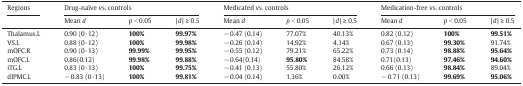
<table><thead><tr><td><b>Regions</b></td><td colspan="3"><b>Drug-naïve vs. controls</b></td><td colspan="3"><b>Medicated vs. controls</b></td><td colspan="3"><b>Medication-free vs. controls</b></td></tr><tr><td></td><td><b>Mean <i>d</i></b></td><td><b><i>p</i> &lt; 0.05</b></td><td><b>|<i> d</i> | ≥ 0.5</b></td><td><b>Mean <i>d</i></b></td><td><b><i>p</i> &lt; 0.05</b></td><td><b>|<i> d</i> | ≥ 0.5</b></td><td><b>Mean <i>d</i></b></td><td><b><i>p</i> &lt; 0.05</b></td><td><b>|<i> d</i> | ≥ 0.5</b></td></tr></thead><tbody><tr><td>Thalamus.L</td><td>0.90 (0·12)</td><td><b>100%</b></td><td><b>99.97%</b></td><td>− 0.47 (0.14)</td><td>77.07%</td><td>40.13%</td><td>0.82 (0.12)</td><td><b>100%</b></td><td><b>99.51%</b></td></tr><tr><td>VS.L</td><td>0.88 (0·12)</td><td><b>100%</b></td><td><b>99.98%</b></td><td>− 0.26 (0.14)</td><td>14.92%</td><td>4.14%</td><td>0.67 (0.13)</td><td><b>99.30%</b></td><td>91.74%</td></tr><tr><td>mOFC.R</td><td>0.90 (0·13)</td><td><b>99.99%</b></td><td><b>99.95%</b></td><td>− 0.55 (0.12)</td><td>79.21%</td><td>65.22%</td><td>0.73 (0.14)</td><td><b>98.88%</b></td><td><b>95.64%</b></td></tr><tr><td>mOFC.L</td><td>0.86(0.12)</td><td><b>99.98%</b></td><td><b>99.88%</b></td><td>− 0.64(0.14)</td><td><b>95.80%</b></td><td>84.58%</td><td>0.71(0.13)</td><td><b>97.46%</b></td><td><b>94.60%</b></td></tr><tr><td>iTG.L</td><td>0.83 (0·13)</td><td><b>100%</b></td><td><b>99.75%</b></td><td>− 0.41 (0.13)</td><td>55.80%</td><td>26.12%</td><td>0.66 (0.13)</td><td><b>98.84%</b></td><td>89.04%</td></tr><tr><td>dlPMC.L</td><td>− 0.83 (0·13)</td><td><b>100%</b></td><td><b>99.81%</b></td><td>− 0.04 (0.14)</td><td>1.36%</td><td>0.00%</td><td>− 0.71 (0.13)</td><td><b>99.69%</b></td><td><b>95.06%</b></td></tr></tbody></table>